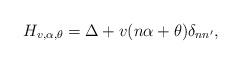
LaTeX: \begin{align*} H_{v,\alpha,\theta}=\Delta+v(n\alpha+\theta)\delta_{n n'},\end{align*}